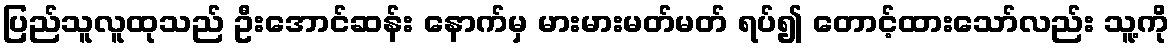
ပြည်သူလူထုသည် ဦးအောင်ဆန်း နောက်မှ မားမားမတ်မတ် ရပ်၍ တောင့်ထားသော်လည်း သူ့ကို